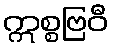
ဣစ္စဗြဝီ